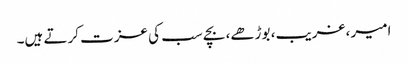
امیر ،غریب، بوڑھے، بچے سب کی عزت کرتے ہیں۔